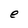
Character: e